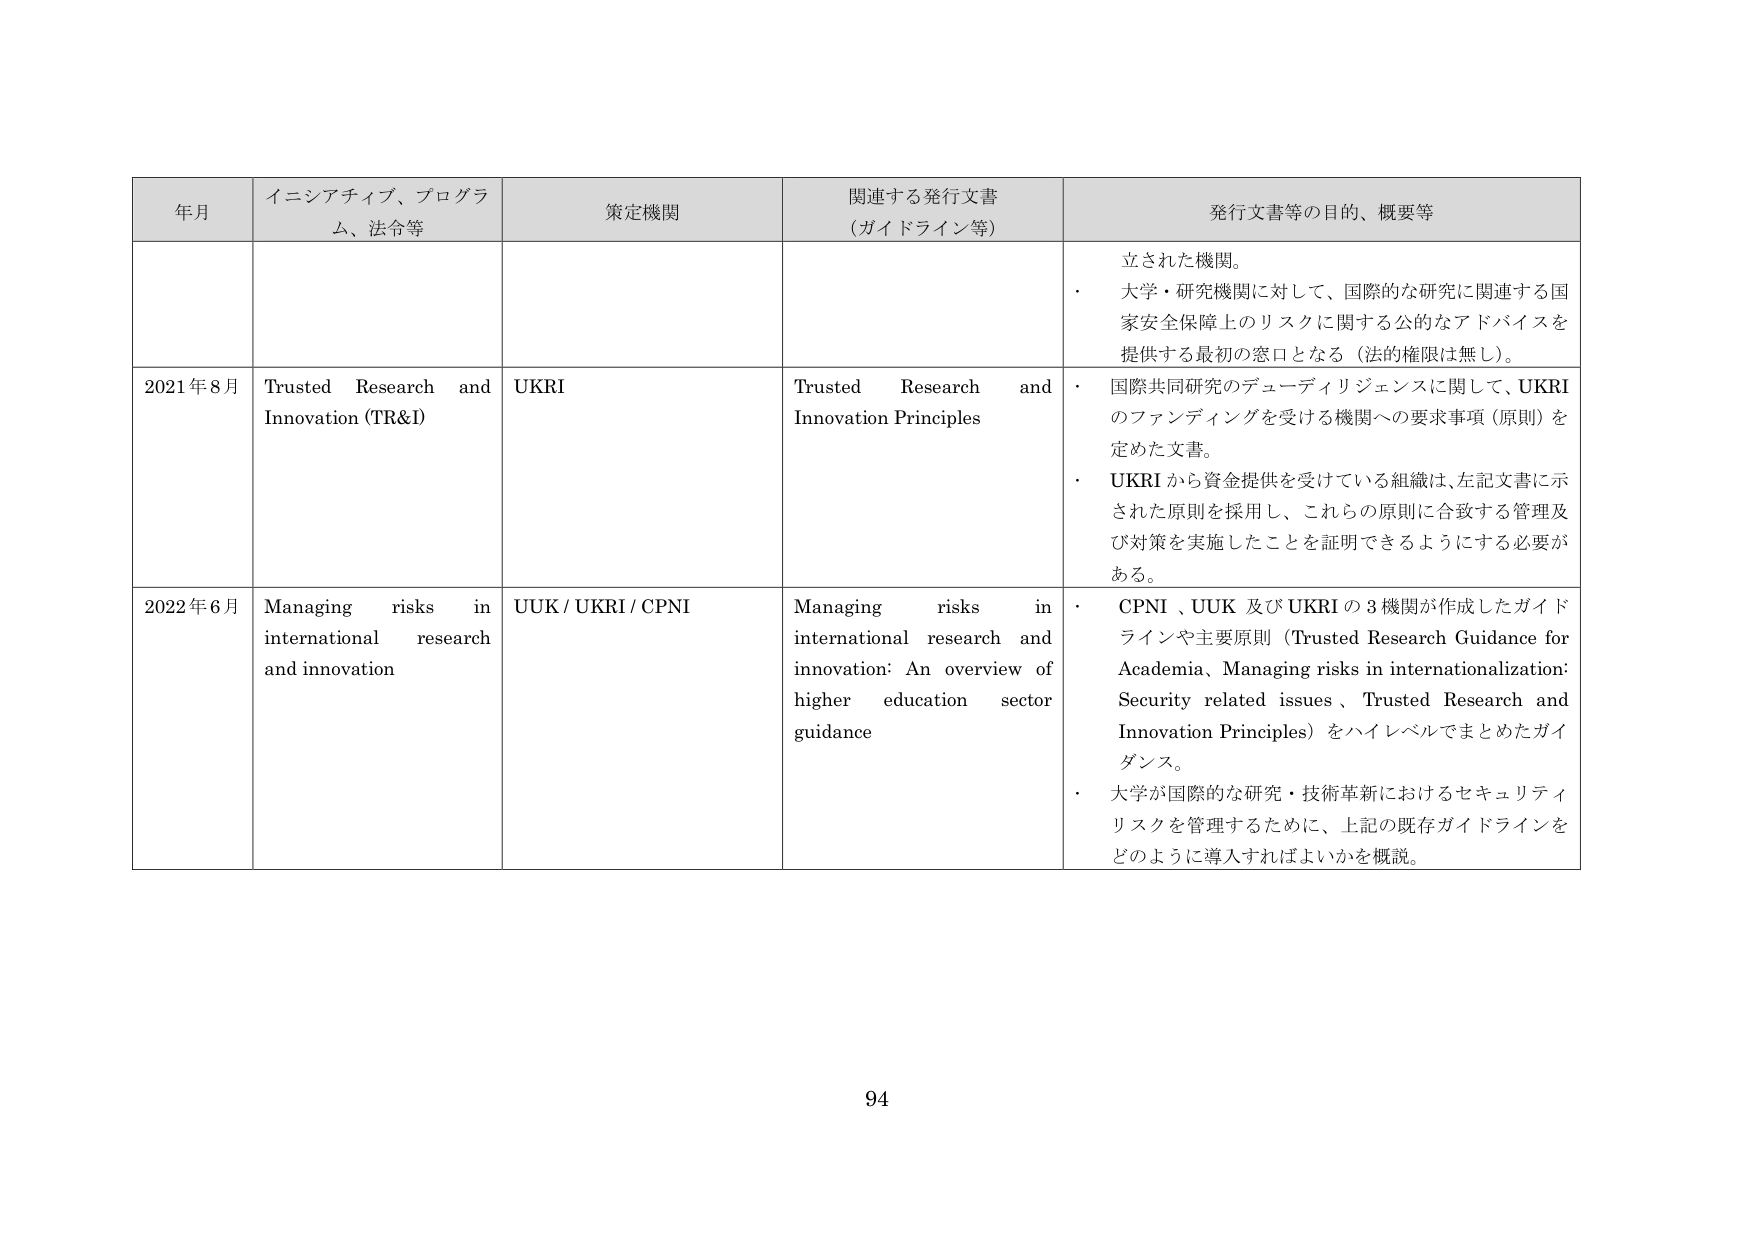
年月 イニシアティブ、プログラム、法令等 策定機関 関連する発行文書 （ガイドライン等） 発行文書等の目的、概要等
立された機関。
・ 大学・研究機関に対して、国際的な研究に関連する国家安全保障上のリスクに関する公的なアドバイスを提供する最初の窓口となる（法的権限は無し）。
2021年8月 Trusted Research and Innovation (TR&I) UKRI Trusted Research and Innovation Principles
・ 国際共同研究のデューディリジェンスに関して、UKRIのファンディングを受ける機関への要求事項（原則）を定めた文書。
・ UKRIから資金提供を受けている組織は、左記文書に示された原則を採用し、これらの原則に合致する管理及び対策を実施したことを証明できるようにする必要がある。
2022年6月 Managing risks in international research and innovation UUK / UKRI / CPNI Managing risks in international research and innovation: An overview of higher education sector guidance
・ CPNI、UUK及びUKRIの3機関が作成したガイドラインや主要原則（Trusted Research Guidance for Academia、Managing risks in internationalization: Security related issues、Trusted Research and Innovation Principles）をハイレベルでまとめたガイダンス。
・ 大学が国際的な研究・技術革新におけるセキュリティリスクを管理するために、上記の既存ガイドラインをどのように導入すればよいかを概説。
94